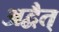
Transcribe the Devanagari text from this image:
अद्वैत्